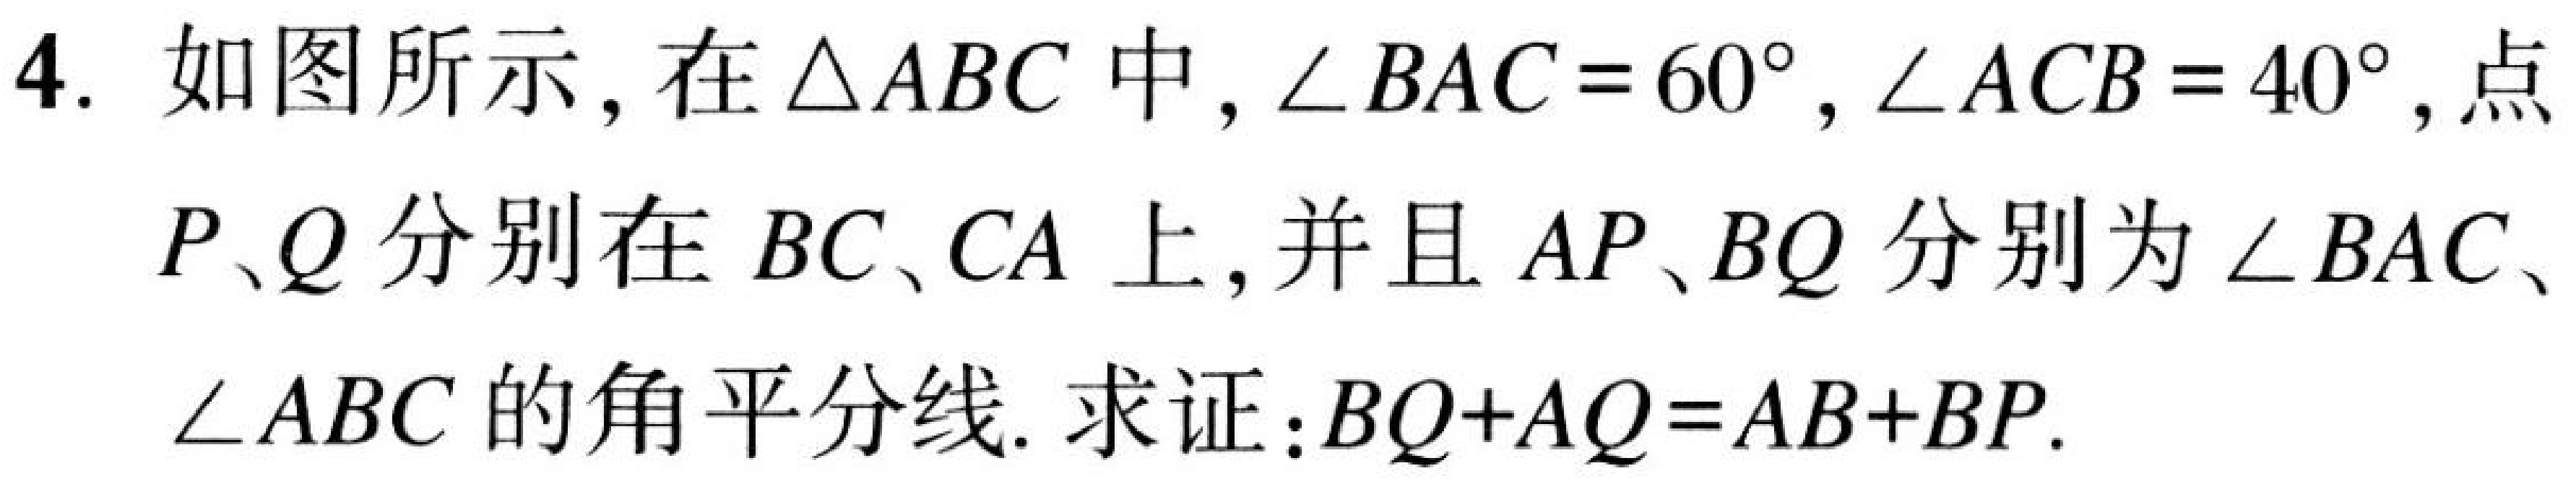
4. 如图所示，在\(\triangle ABC\)中，\(\angle BAC = 60^{\circ}\)，\(\angle ACB = 40^{\circ}\)，点
\(P、Q\)分别在\(BC、CA\)上，并且\(AP、BQ\)分别为\(\angle BAC\)、
\(\angle ABC\)的角平分线. 求证：\(BQ + AQ=AB + BP\).